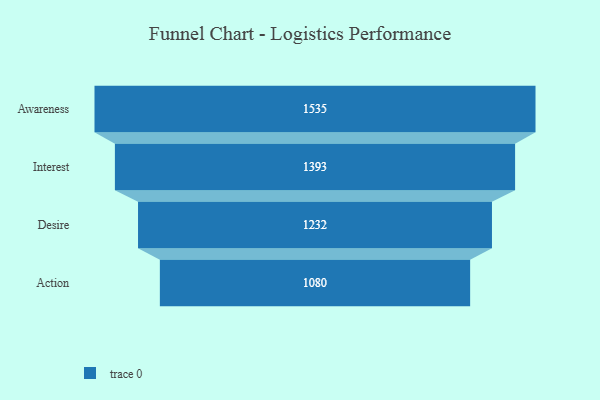
{"axis": {"x": "Stage", "y": "Value"}, "legend": [""], "data": [{"x": "Awareness", "y": 1535.0, "type": ""}, {"x": "Interest", "y": 1393.0, "type": ""}, {"x": "Desire", "y": 1232.0, "type": ""}, {"x": "Action", "y": 1080.0, "type": ""}]}